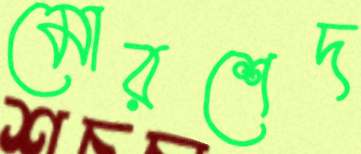
মোরশেদ